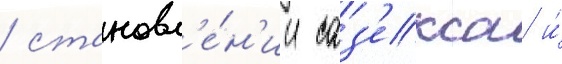
/ становл'е́н'ии саз'екса и́